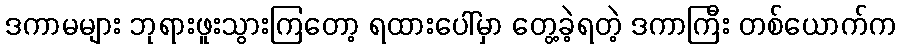
ဒကာမများ ဘုရားဖူးသွားကြတော့ ရထားပေါ်မှာ တွေ့ခဲ့ရတဲ့ ဒကာကြီး တစ်ယောက်က